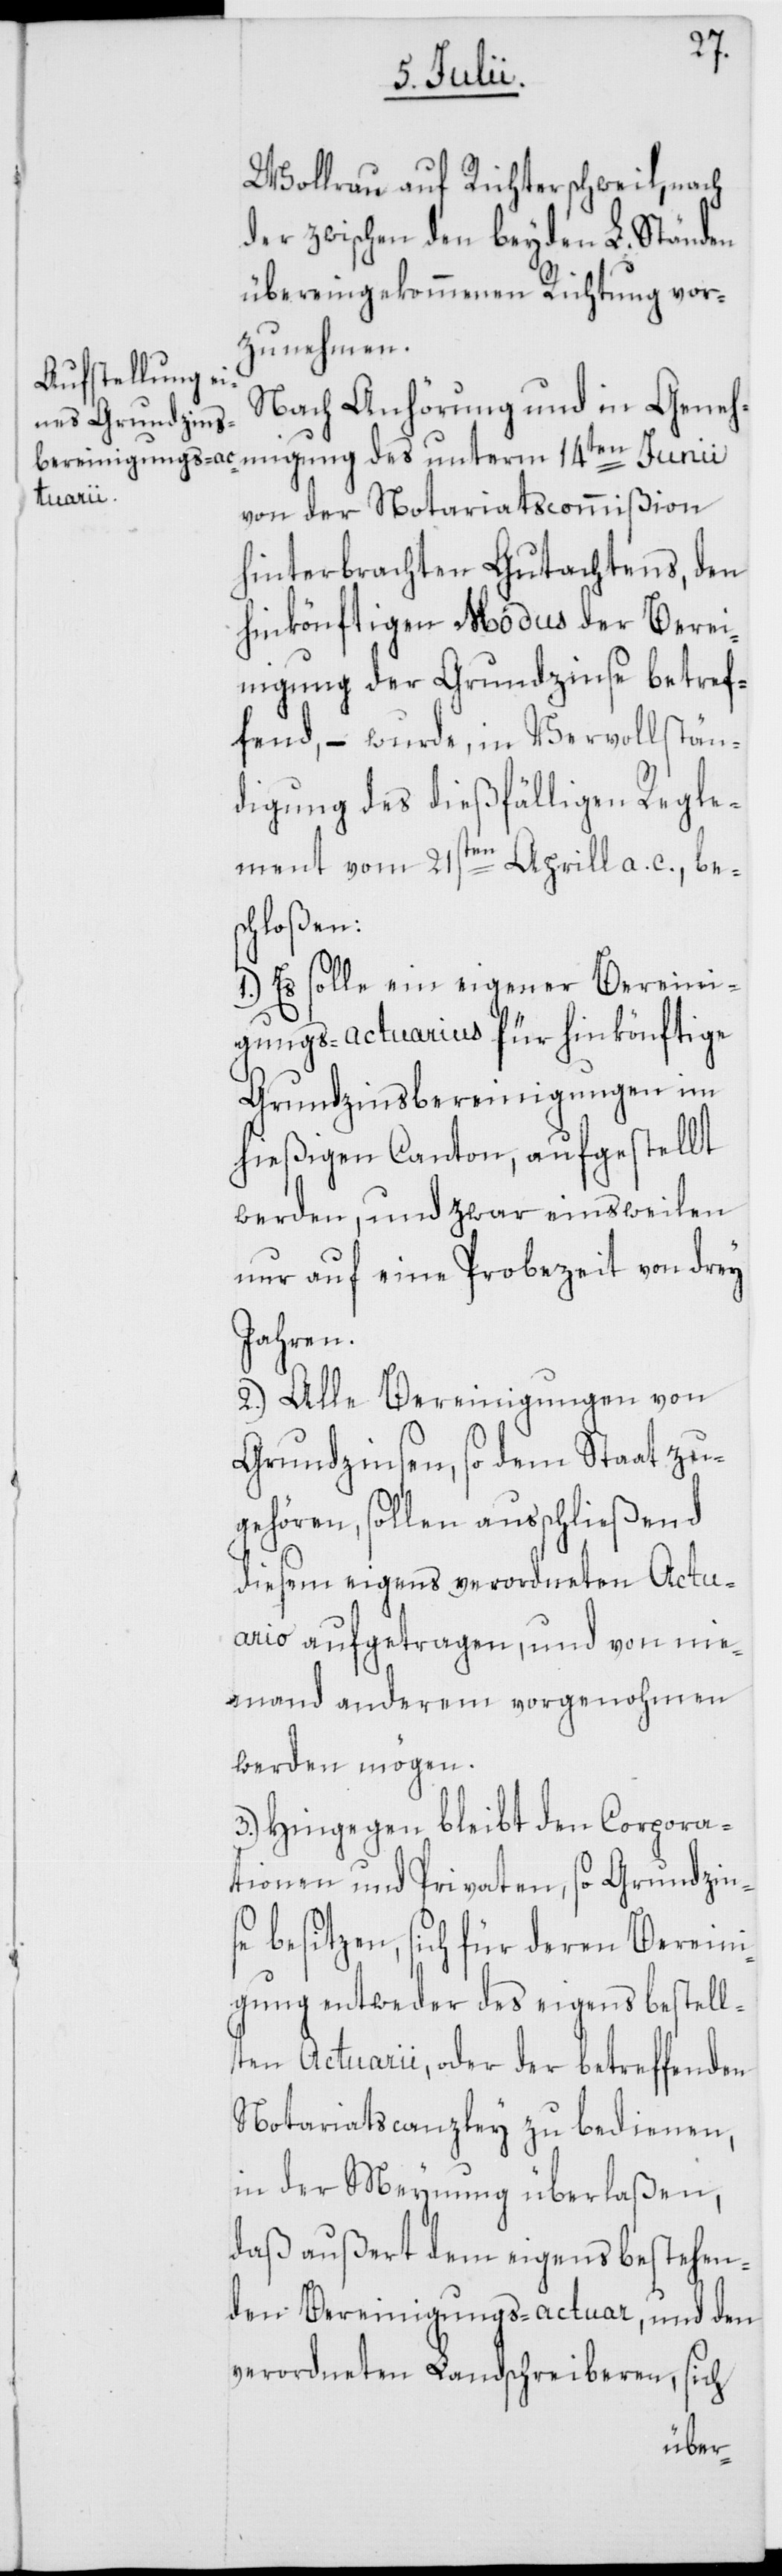
Wollrau auf Richterschweil, nach
der zwischen den beyden L. Ständen
übereingekommenen Richtung vor¬
zunehmen.
Nach Anhörung und in Geneh¬
migung des unterm 14ten Junii
von der Notariatscommißion
hinterbrachten Gutachtens, den
hinkönftigen Modus der Berei¬
nigung der Grundzinse betref¬
fend, – wurde, in Vervollstän¬
digung des dießfälligen Regle¬
ment vom 21sten Aprill a. c., bes¬
chloßen:
1.) Es solle ein eigener Bereini¬
gungs-actuarius für hinkönftige
Grundzinsbereinigungen im
hießigen Canton, aufgestellt
werden, und zwar einsweilen
nur auf eine Probezeit von drey
Jahren.
2.) Alle Bereinigungen von
Grundzinsen, so dem Staat zu¬
gehören, sollen ausschließend
diesem eigens verordneten Actu¬
ario aufgetragen, und von nie¬
mand anderem vorgenohmen
werden mögen.
3.) Hingegen bleibt den Corpora¬
tionen und Privaten, so Grundzin¬
se besitzen, sich für deren Berein¬
igung entweder des eigens bestell¬
ten Actuarii, oder der betreffenden
Notariatscanzley zu bedienen,
in der Meynung überlaßen,
daß außert dem eigens bestehen¬
den Bereinigungs-actuar, und den
verordneten Landschreiberen, sich